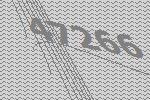
47266